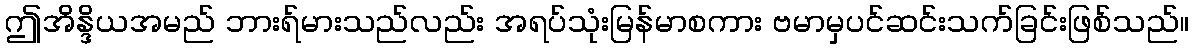
ဤအိန္ဒိယအမည် ဘားရ်မားသည်လည်း အရပ်သုံးမြန်မာစကား ဗမာမှပင်ဆင်းသက်ခြင်းဖြစ်သည်။